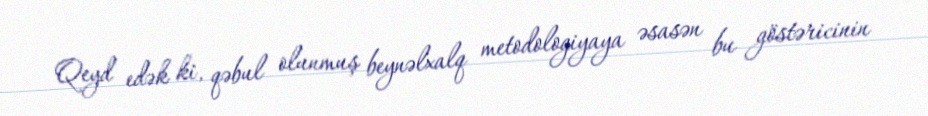
Qeyd edək ki, qəbul olunmuş beynəlxalq metodologiyaya əsasən bu göstəricinin